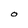
Character: O